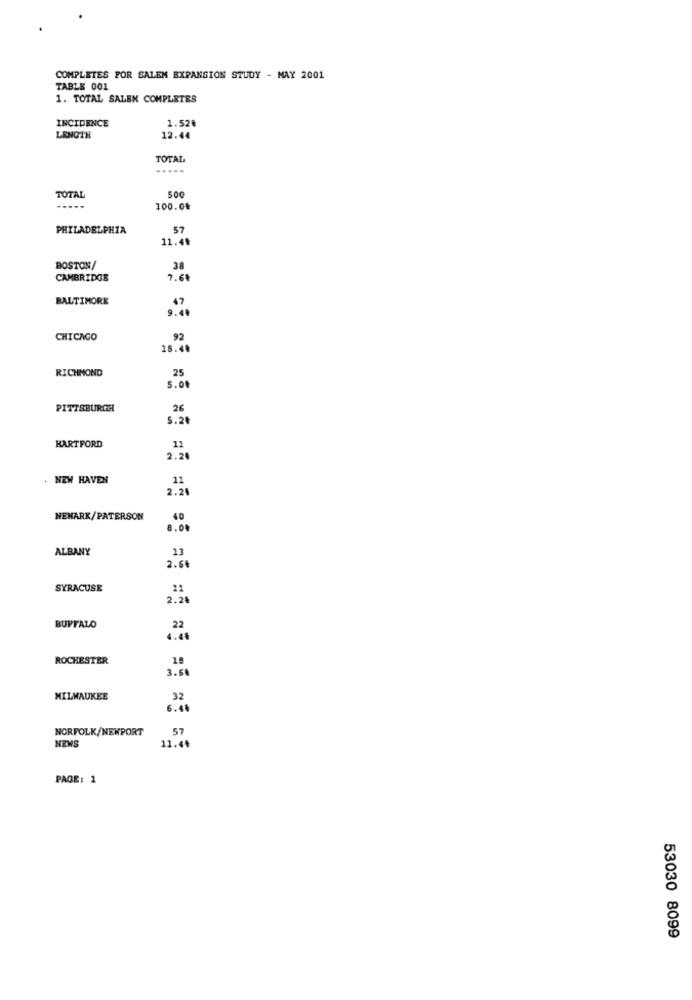
COMPLETES FOR SALEM EXPANSION STUDY - MAY 2001
TABLE 001
1. TOTAL SALEN COMPLETES
INCIDENCE
1.52€
LENGTH
12.44
TOTAL
500
TOTAL
---
100.04
PHILADELPHIA
57
11.4º
BOSTON/
38
CAMBRIDGE
7.61
BALTIMORE
9.7
CHICAGO
92
28.44
RICHMOND
25
5.00
PITTSBURGH
26
5.20
12
HARTFORD
2.20
NEW HAVEN
11
2.24
NEWARK/PATERSON
40
8.04
ALBANY
13
2.66
SYRACUSE
22
2.24
BUFFALO
22
4.40
ROCHESTER
18
3.50
MILWAUKEE
32
6.48
NORFOLK/NEWPORT
57
11.44
NEWS
PAGE: 1
53030 8099